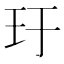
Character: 玗